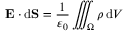
\mathbf { E } \cdot \mathrm { d } \mathbf { S } = { \frac { 1 } { \varepsilon _ { 0 } } } \iiint _ { \Omega } \rho \, \mathrm { d } V